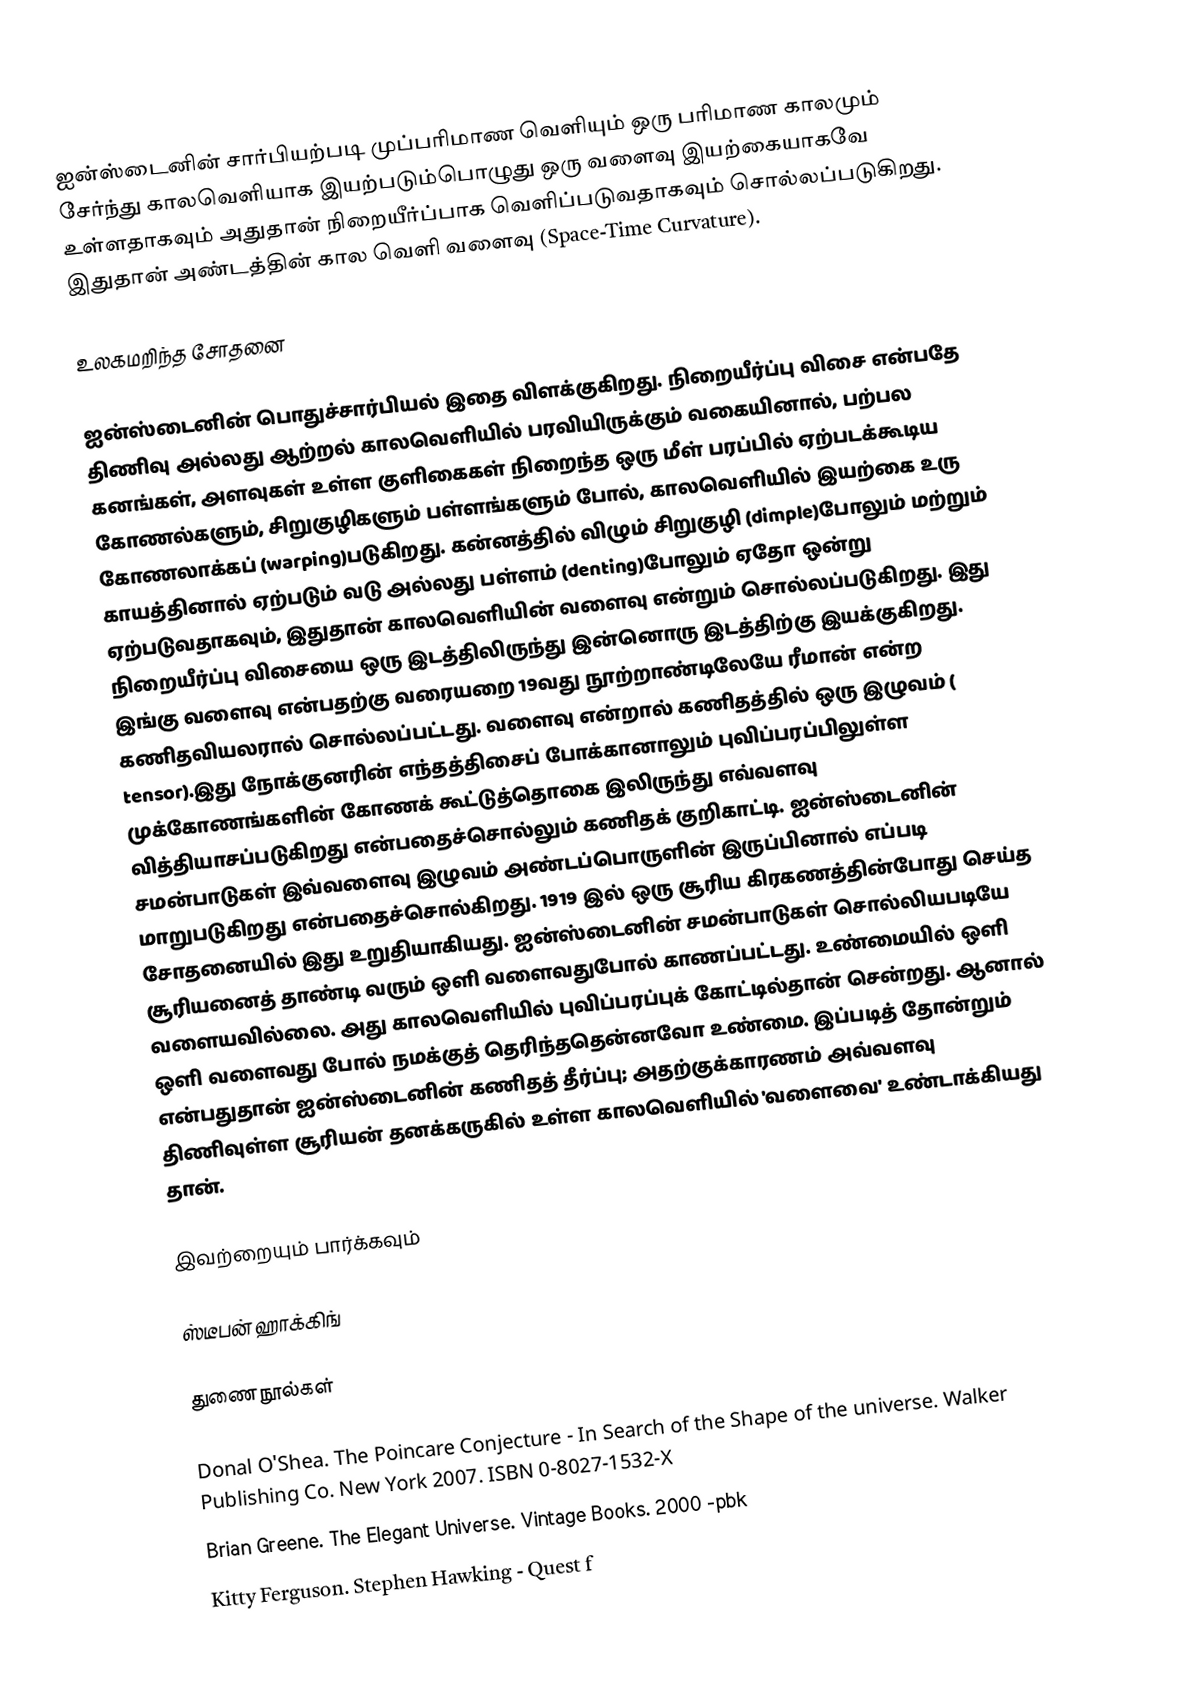
ஐன்ஸ்டைனின் சார்பியற்படி  முப்பரிமாண வெளியும் ஒரு பரிமாண காலமும் சேர்ந்து காலவெளியாக இயற்படும்பொழுது  ஒரு வளைவு இயற்கையாகவே உள்ளதாகவும் அதுதான் நிறையீர்ப்பாக வெளிப்படுவதாகவும்  சொல்லப்படுகிறது.  இதுதான் அண்டத்தின் கால வெளி வளைவு  (Space-Time Curvature).

உலகமறிந்த சோதனை

ஐன்ஸ்டைனின் பொதுச்சார்பியல் இதை விளக்குகிறது. நிறையீர்ப்பு விசை என்பதே   திணிவு  அல்லது ஆற்றல் காலவெளியில் பரவியிருக்கும் வகையினால்,  பற்பல கனங்கள், அளவுகள் உள்ள குளிகைகள் நிறைந்த  ஒரு மீள் பரப்பில்  ஏற்படக்கூடிய  கோணல்களும், சிறுகுழிகளும் பள்ளங்களும் போல்,  காலவெளியில் இயற்கை உரு  கோணலாக்கப் (warping)படுகிறது. கன்னத்தில் விழும் சிறுகுழி (dimple)போலும் மற்றும் காயத்தினால் ஏற்படும் வடு அல்லது பள்ளம் (denting)போலும் ஏதோ ஒன்று ஏற்படுவதாகவும், இதுதான் காலவெளியின் வளைவு  என்றும் சொல்லப்படுகிறது. இது நிறையீர்ப்பு விசையை ஒரு இடத்திலிருந்து இன்னொரு இடத்திற்கு இயக்குகிறது. இங்கு வளைவு என்பதற்கு வரையறை   19வது நூற்றாண்டிலேயே ரீமான் என்ற கணிதவியலரால்  சொல்லப்பட்டது. வளைவு என்றால் கணிதத்தில் ஒரு இழுவம் ( tensor).இது நோக்குனரின் எந்தத்திசைப் போக்கானாலும் புவிப்பரப்பிலுள்ள முக்கோணங்களின் கோணக் கூட்டுத்தொகை  இலிருந்து எவ்வளவு வித்தியாசப்படுகிறது  என்பதைச்சொல்லும் கணிதக் குறிகாட்டி. ஐன்ஸ்டைனின் சமன்பாடுகள் இவ்வளைவு இழுவம்  அண்டப்பொருளின் இருப்பினால் எப்படி மாறுபடுகிறது என்பதைச்சொல்கிறது. 1919 இல் ஒரு சூரிய கிரகணத்தின்போது செய்த சோதனையில் இது உறுதியாகியது. ஐன்ஸ்டைனின் சமன்பாடுகள் சொல்லியபடியே சூரியனைத் தாண்டி வரும் ஒளி வளைவதுபோல் காணப்பட்டது. உண்மையில் ஒளி வளையவில்லை.  அது  காலவெளியில் புவிப்பரப்புக் கோட்டில்தான் சென்றது. ஆனால் ஒளி வளைவது போல் நமக்குத் தெரிந்ததென்னவோ  உண்மை. இப்படித் தோன்றும் என்பதுதான் ஐன்ஸ்டைனின் கணிதத் தீர்ப்பு; அதற்குக்காரணம் அவ்வளவு திணிவுள்ள சூரியன் தனக்கருகில் உள்ள காலவெளியில் 'வளைவை' உண்டாக்கியது தான்.

இவற்றையும் பார்க்கவும்

ஸ்டீபன் ஹாக்கிங்

துணைநூல்கள்

Donal O'Shea. The Poincare Conjecture - In Search of the Shape of the universe. Walker Publishing Co. New York 2007. ISBN 0-8027-1532-X
Brian Greene. The Elegant Universe. Vintage Books. 2000 -pbk
Kitty Ferguson. Stephen Hawking - Quest f